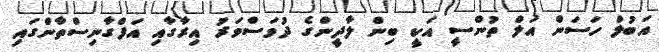
އަބުލް ހަސަން އަލް ތުންސީ އަކީ ބިން ލާދީންގެ ދުވަސްވަރު އިރާގާއި އަފްގާނިސްތާންގައި